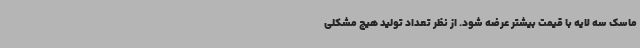
ماسک سه لایه با قیمت بیشتر عرضه شود. از نظر تعداد تولید هیچ مشکلی